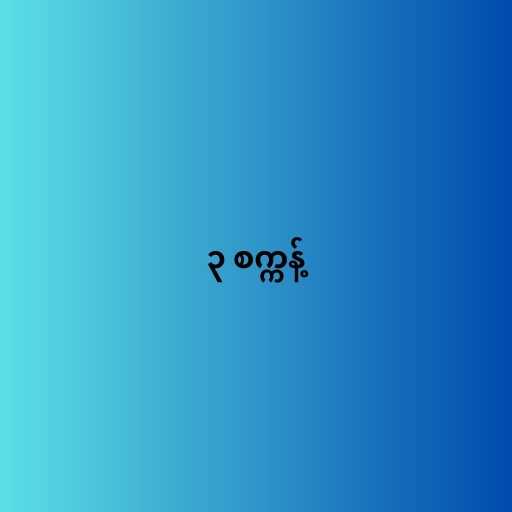
၃ စက္ကန့်